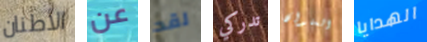
الأطنان عن لقد تدركي العنوان الهدايا